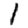
Digit: 1